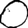
Digit: 0